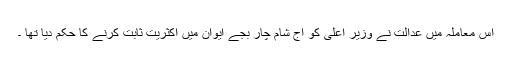
اس معاملہ میں عدالت نے وزیر اعلی کو آج شام چار بجے ایوان میں اکثریت ثابت کرنے کا حکم دیا تھا ۔